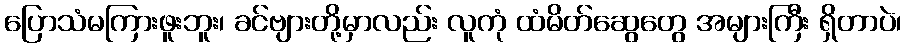
ပြောသံမကြားဖူးဘူး၊ ခင်ဗျားတို့မှာလည်း လူကုံ ထံမိတ်ဆွေတွေ အများကြီး ရှိတာပဲ၊